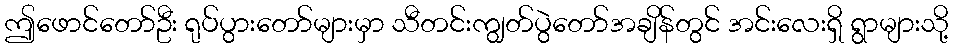
ဤဖောင်တော်ဦး ရုပ်ပွားတော်များမှာ သီတင်းကျွတ်ပွဲတော်အချိန်တွင် အင်းလေးရှိ ရွာများသို့